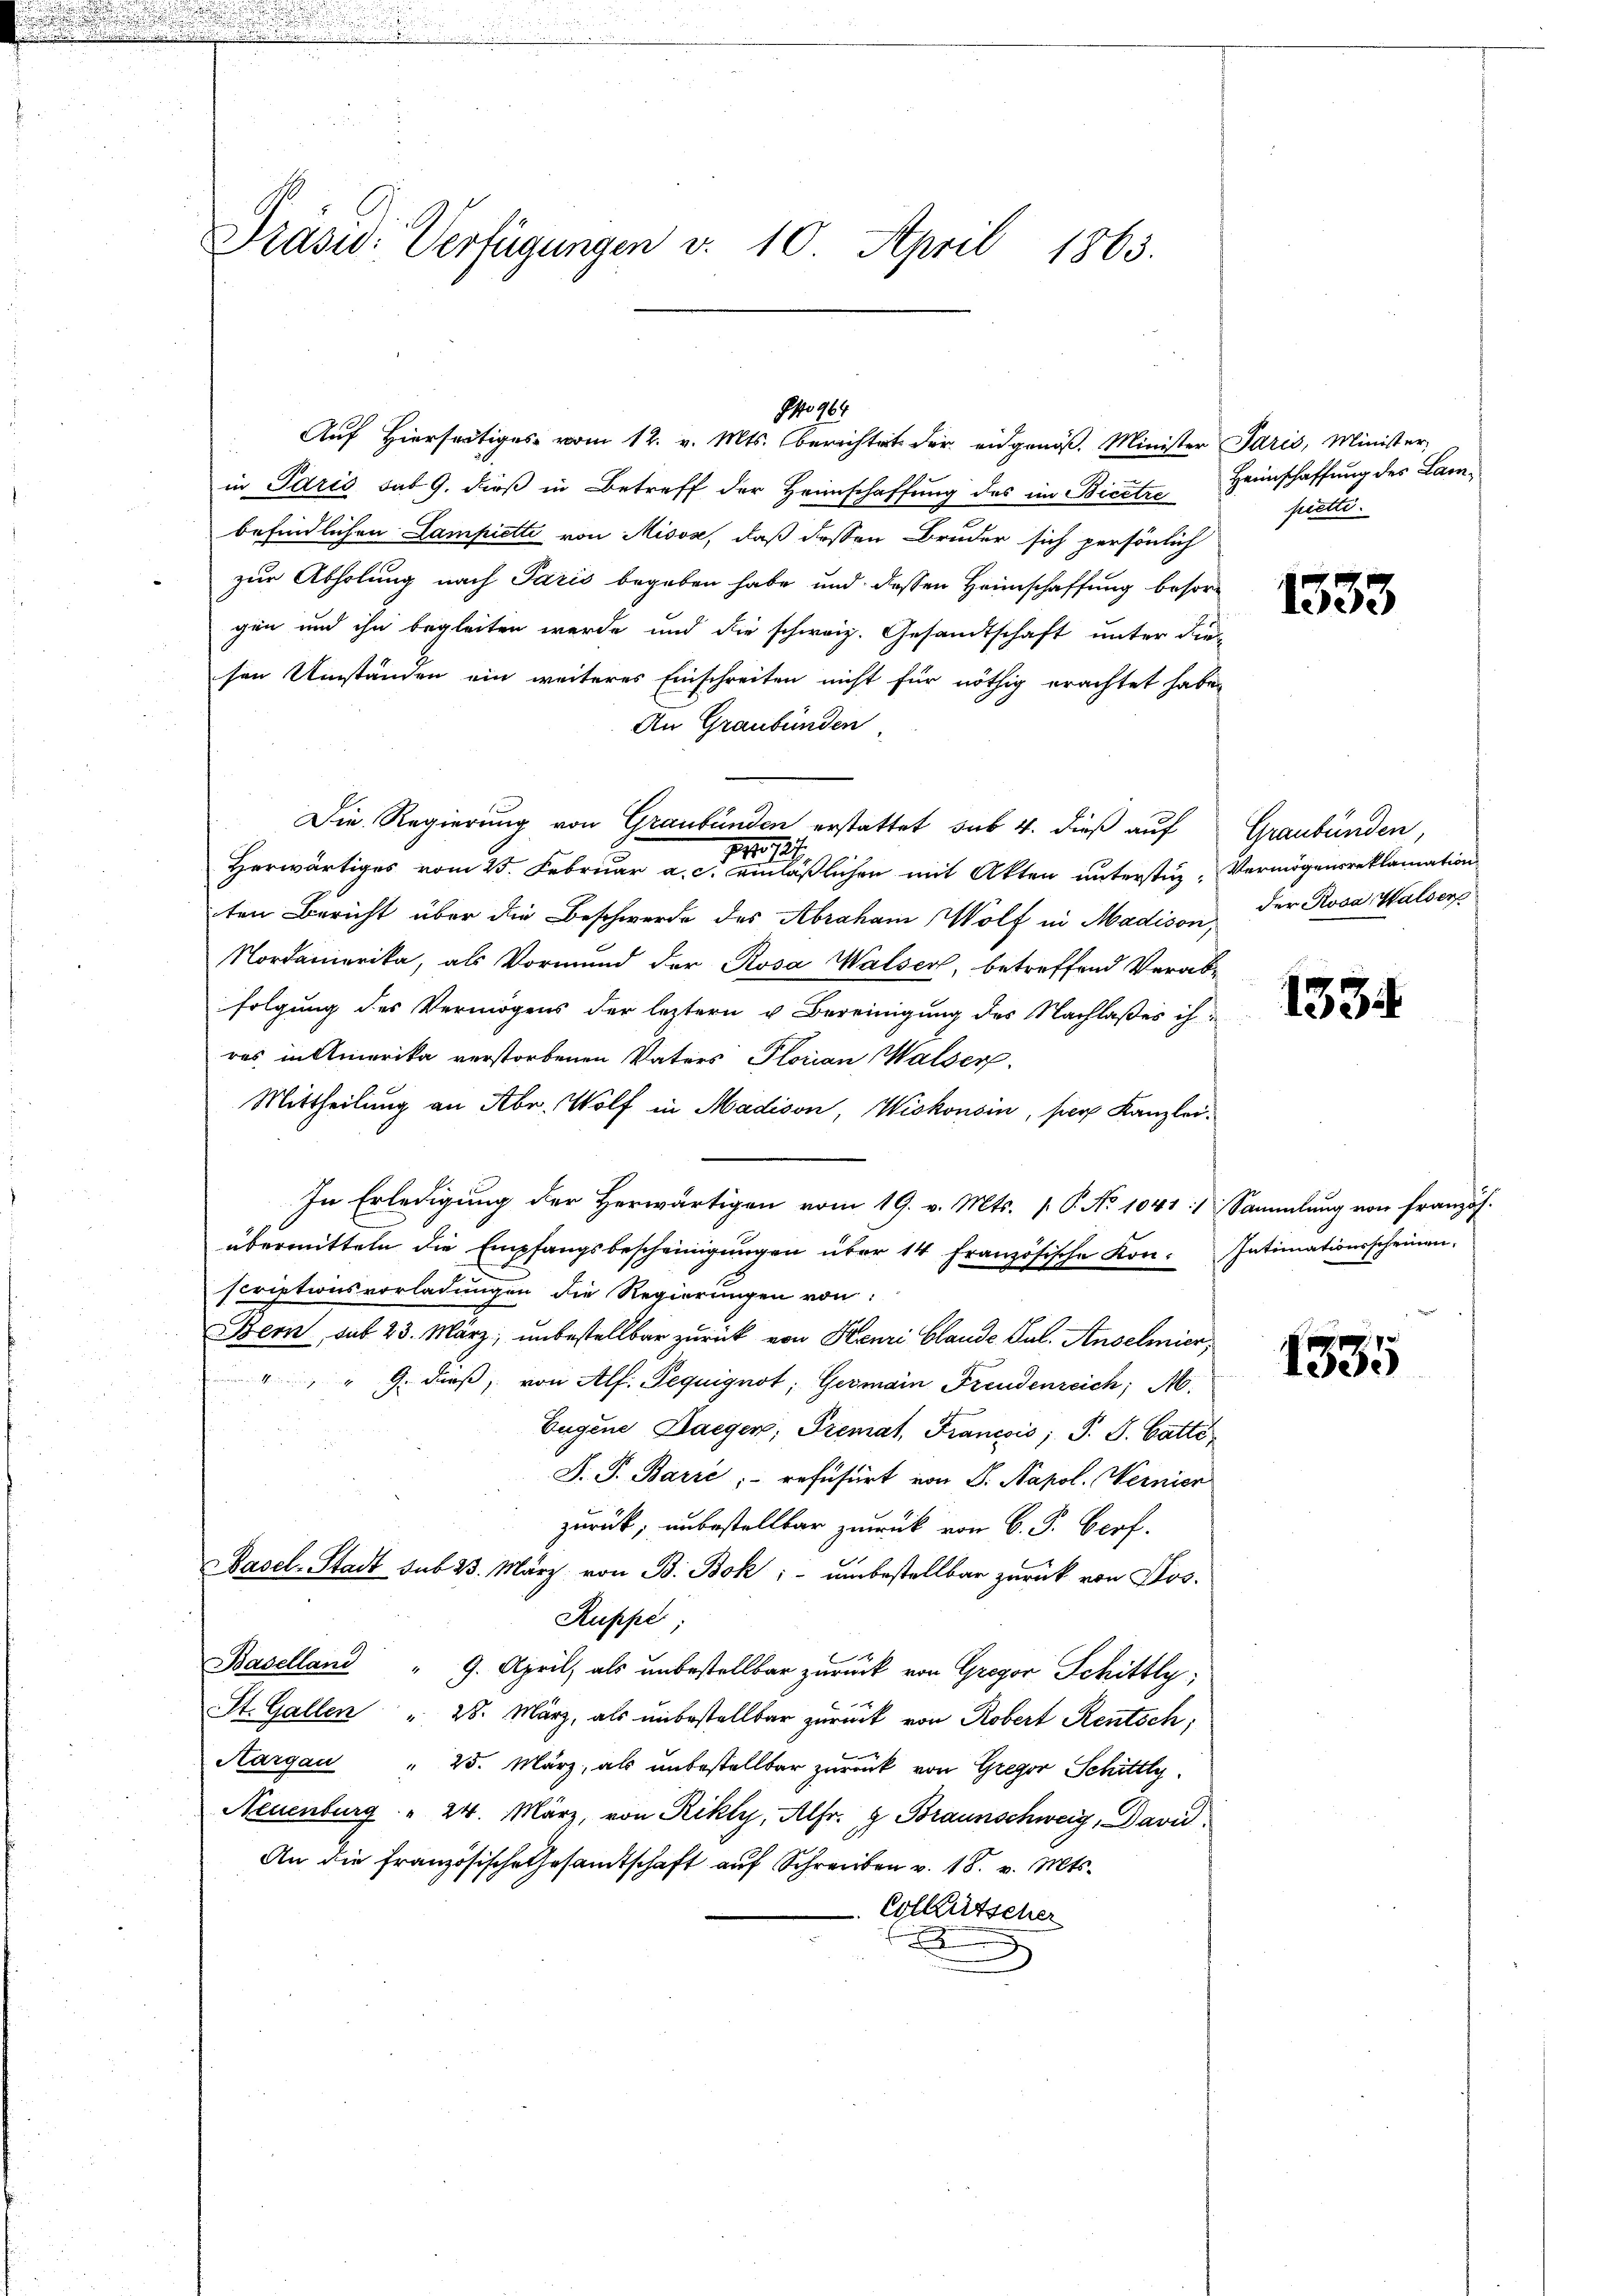
.

Präsid. Verfügungen v. 10. April 1863.

in Paris sub 9. dieß in Betreff der Heimschaffung des im Bicetre
befindlichen Lampiette von Misose, daß dessen Bruder sich persönlich
zur Abholung nach Paris begeben habe und dessen Heimschaffung besorgen und ihn begleiten werde und die schweiz. Gesandtschaft unter die
sen Umständen ein weiteres Einschreiten nicht für nöthig erachtet habe,
An Graubünden
Die Regierung von Graubünden erstattet sub 4. dieß auf Graubünden,
24. 127.
Herwärtiges vom 25. Februar a. c. einläßlichen mit Akten unterstiz- Vermögensreklamation
ten Bericht über die Beschwerde des Abraham Wolf in Madison,
Nordamerika, als Vormund der Rosa Walser, betreffend Verabfolgung des Vermögens der letztern u. Bereinigung des Nachlaßes ihres in Amerika verstorbenen Vaters Florian Walser
Mittheilung an Abr. Wolf in Madison, Wiskonsin, per Kanzlei¬
In Erledigung der Herwärtigen vom 19. v. Mts. p. P. No 1041:/ Sammlung von Französ.
übermitteln die Empfangsbescheinigŭngen über 14 französische Kon. Intimationsscheinen.
scriptionsvorladungen die Regierungen von
Bern, sub 23. März, unbestellbar zurück von Henri Claude Sal. Anselmier,
" " 9. dieß, von Alf. Pequignot, Germain Freudenzeich; M.
Eugene Daeger, Premat, Francois; P. J. Catté
J. P. Barré;- refüsiert von J. Napol. Wernier
zurück, unbestellbar zurück von 6. F. Verf.
BBasel-Stadt sub 23. März von B. Bok; - umbestellbar zurück von Jos.
Ruppe
Baselland " 9. April, als unbestellbar zurück von Gregor Schittly;
St. Gallen " 28. März, als unbestellbar zurück von Robert Rentsch
Aargau " 25. März, als unbestellbar zurück von Gregor Schittty
Neuenburg " 24. März, von Rikly, Alfr. g Braunschweig, David
An die französische Gesandtschaft auf Schreiben v. 18. v. Mts.
Colkutscher
d

No 967.
Auf Hierseitiges vom 12. v. Mts. berichtet der eidgenöß. Minister Paris, Minister,

Heimschaffung des Lanscelle.

1533

der Rosa Walser

1334

1335